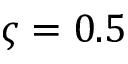
\varsigma = 0 . 5